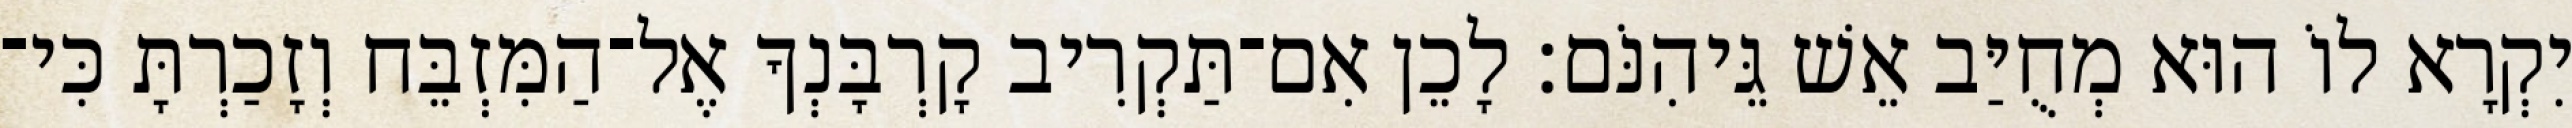
יִקְרָא לוֹ הוּא מְחֻיַּב אֵשׁ גֵּיהִנֹּם׃ לָכֵן אִם־תַּקְרִיב קָרְבָּנְךָ אֶל־הַמִּזְבֵּח וְזָכַרְתָּ כִּי־